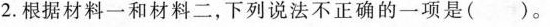
2.根据材料一和材料二，下列说法不正确的一项是( )。